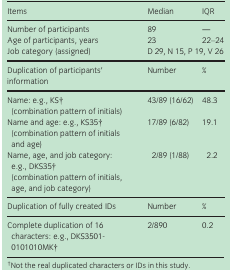
<table><thead><tr><td><b>Items</b></td><td><b>Median</b></td><td><b>IQR</b></td></tr></thead><tbody><tr><td>Number of participants</td><td>89</td><td>―</td></tr><tr><td>Age of participants, years</td><td>23</td><td>22–24</td></tr><tr><td>Job category (assigned)</td><td colspan="2">D 29, N 15, P 19, V 26</td></tr><tr><td>Duplication of participants’ information</td><td>Number</td><td>%</td></tr><tr><td>Name: e.g., KSa(combination pattern of initials)</td><td>43/89 (16/62)</td><td>48.3</td></tr><tr><td>Name and age: e.g., KS35a(combination pattern of initials and age)</td><td>17/89 (6/82)</td><td>19.1</td></tr><tr><td>Name, age, and job category: e.g., DKS35a(combination pattern of initials, age, and job category)</td><td>2/89 (1/88)</td><td>2.2</td></tr><tr><td>Duplication of fully created IDs</td><td>Number</td><td>%</td></tr><tr><td>Complete duplication of 16 characters: e.g., DKS3501‐0101010MKa</td><td>2/890</td><td>0.2</td></tr></tbody></table>